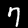
Label: 7